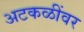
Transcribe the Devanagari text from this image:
अटकळींवर